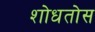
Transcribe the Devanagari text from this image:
शोधतोस